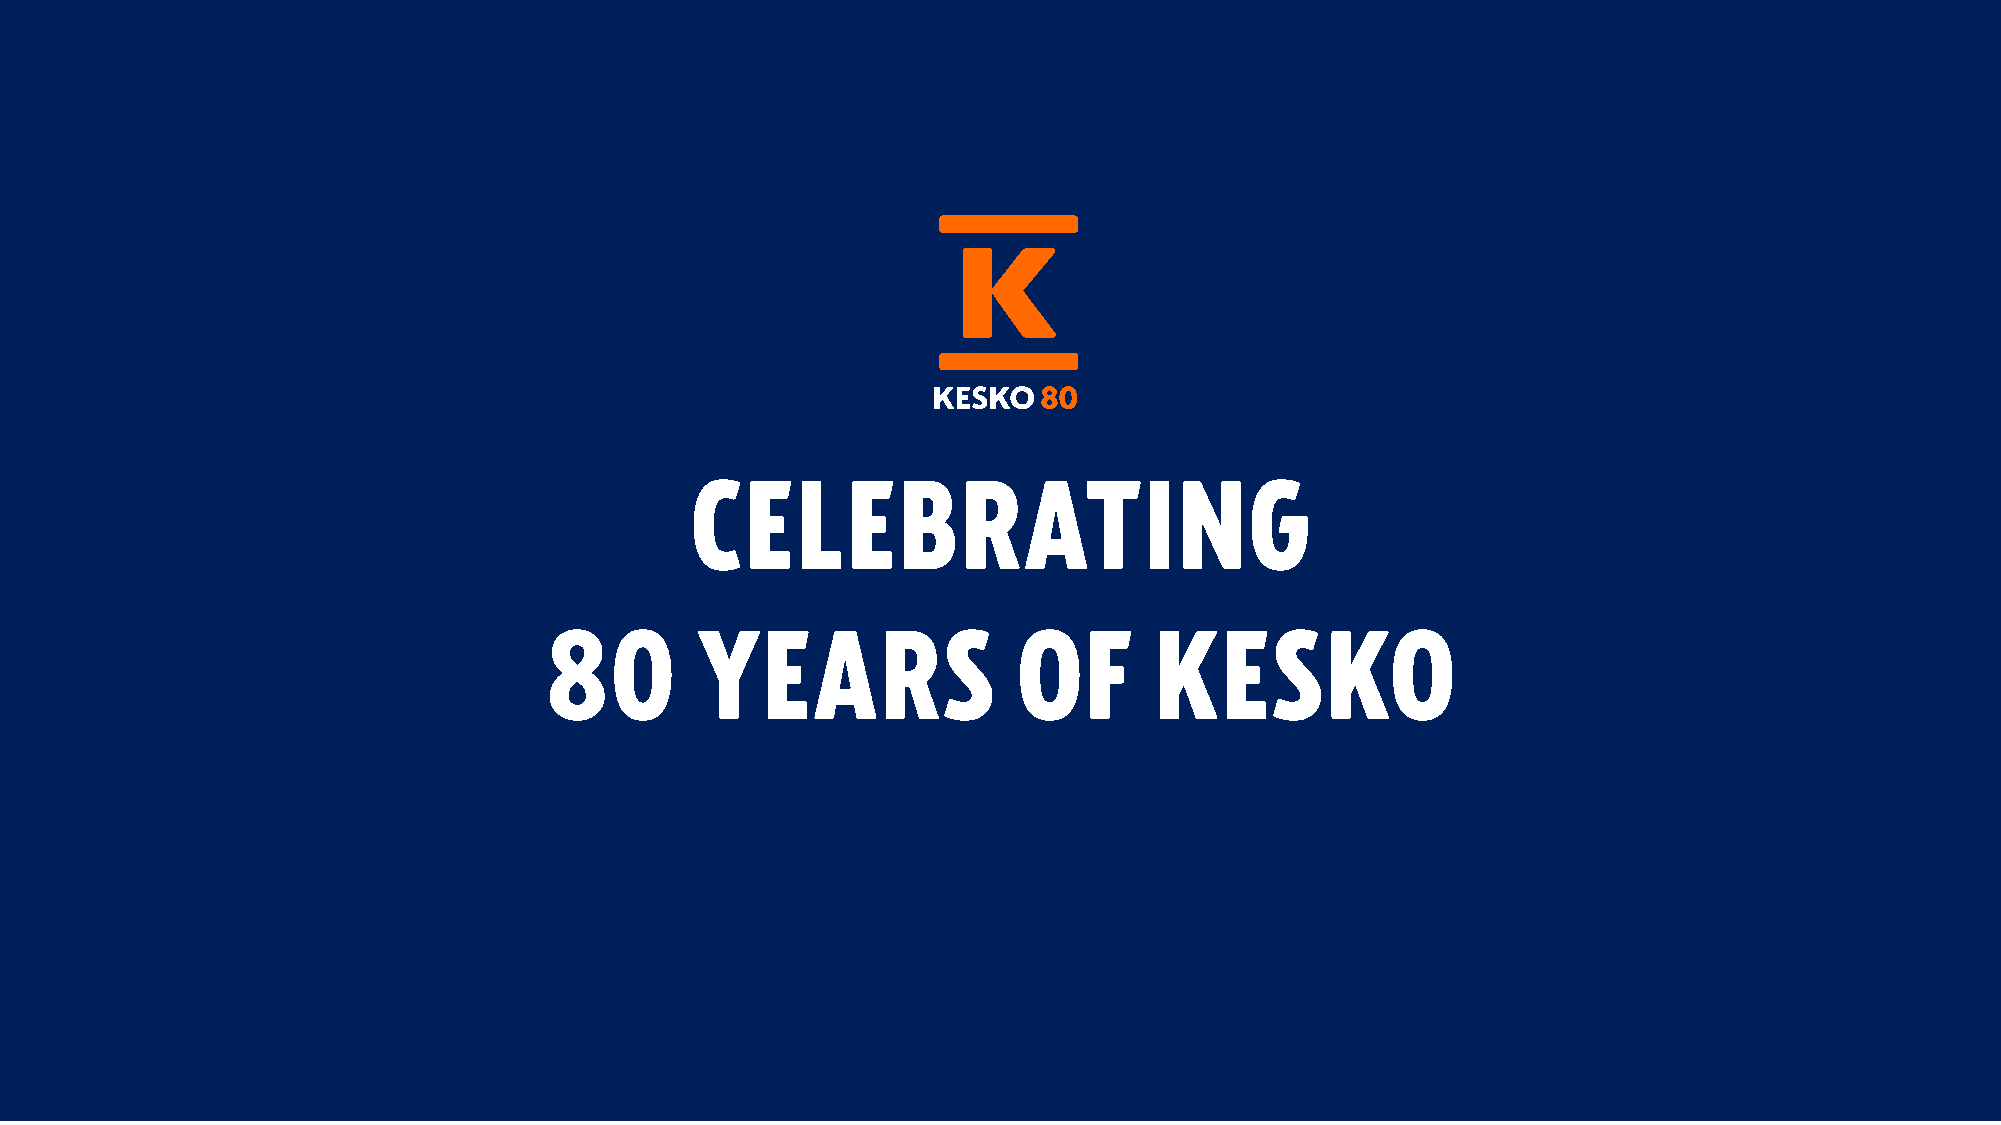
CELEBRATING
 80        YEARS                OF       KESKO